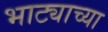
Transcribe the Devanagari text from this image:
भाट्याच्या